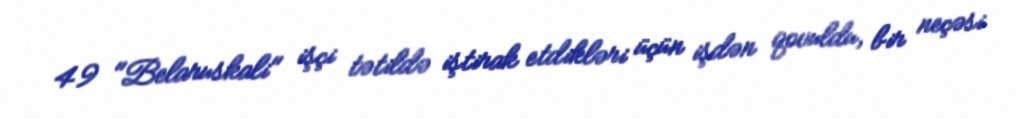
49 "Belaruskali" işçi tətildə iştirak etdikləri üçün işdən qovuldu, bir neçəsi